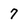
Character: 7